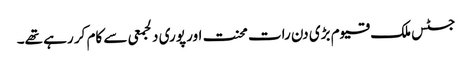
جسٹس ملک قیوم بڑی دن رات محنت اور پوری دلجمعی سے کام کر رہے تھے۔